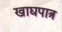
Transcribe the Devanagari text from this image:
खाद्यपात्र